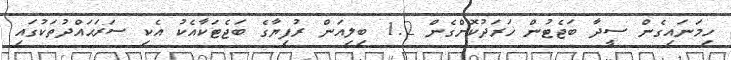
ހިމަނައިގެން ސީދާ ބަޖެޓުން ޚަރަދުކޮށްގެން 1.2 ބިލިއަން ރުފިޔާގެ ބަޖެޓަކާއެކު އެކި ސަރަޙައްދުތަކުގައި